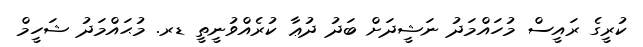
ކުރީގެ ރައީސް މުހައްމަދު ނަޝީދަށް ބަދު ދުޢާ ކުރެއްވުނީތީ ޑރ. މުޙައްމަދު ޝަހީމް